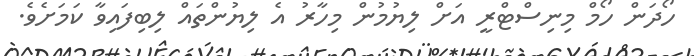
ހޯދަން ހޯމް މިނިސްޓްރީ އަށް ލިޔުމުން މިހާރު އެ ލިޔުންތައް ލިބިފައިވާ ކަމަށެވެ.